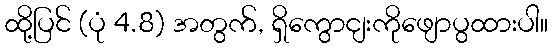
ထို့ပြင် (ပုံ 4.8) အတွက်, ရှိကွောငျးကိုဖျောပွထားပါ။